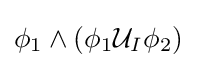
\phi _{1}\land (\phi _{1}{\mathcal {U}}_{I}\phi _{2})